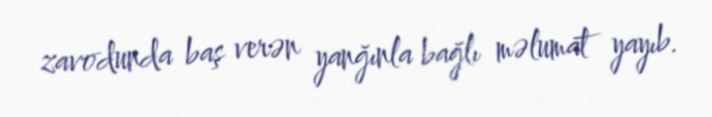
zavodunda baş verən yanğınla bağlı məlumat yayıb.